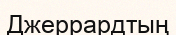
Джеррардтың